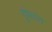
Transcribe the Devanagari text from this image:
गुंफांत